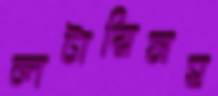
লটারিসহ